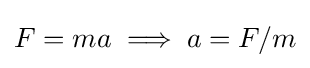
F=ma\implies a=F/m